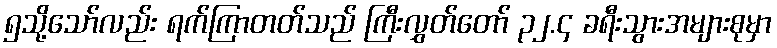
၅သို့သော်လည်း ရက်ကြာတတ်သည် ကြီးလွှတ်တော် ၃၂.၄ ခရီးသွားအများစုမှာ